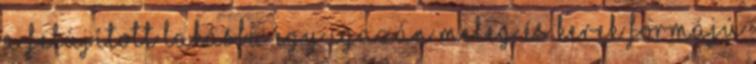
a felújított lakásba egy igazán meleg és kerek formájú